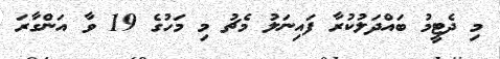
މި ދެޓީމު ބައްދަލުކުރާ ފައިނަލު މެޗު މި މަހުގެ 19 ވާ އަންގާރަ